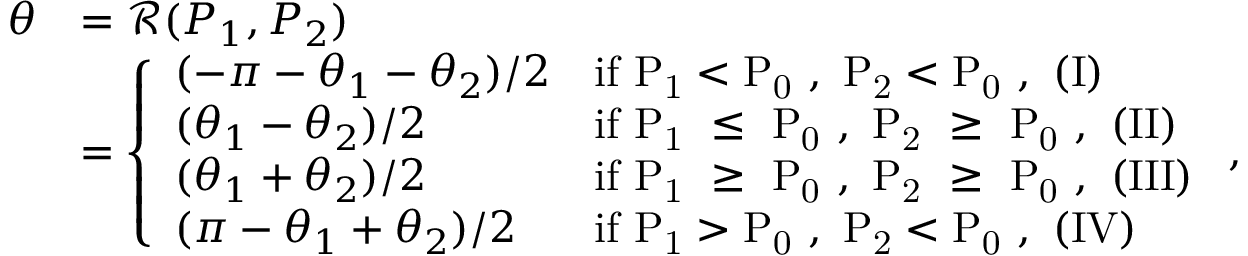
\begin{array} { r l } { \theta } & { = \mathcal { R } ( P _ { 1 } , P _ { 2 } ) } \\ & { = \left\{ \begin{array} { l l } { ( - \pi - \theta _ { 1 } - \theta _ { 2 } ) / 2 } & { \mathrm { i f ~ P _ 1 < P _ 0 ~ , ~ P _ 2 < P _ 0 ~ , ~ ( I ) } } \\ { ( \theta _ { 1 } - \theta _ { 2 } ) / 2 } & { \mathrm { i f ~ P _ 1 ~ \le ~ P _ 0 ~ , ~ P _ 2 ~ \ge ~ P _ 0 ~ , ~ ( I I ) } } \\ { ( \theta _ { 1 } + \theta _ { 2 } ) / 2 } & { \mathrm { i f ~ P _ 1 ~ \ge ~ P _ 0 ~ , ~ P _ 2 ~ \ge ~ P _ 0 ~ , ~ ( I I I ) } } \\ { ( \pi - \theta _ { 1 } + \theta _ { 2 } ) / 2 } & { \mathrm { i f ~ P _ 1 > P _ 0 ~ , ~ P _ 2 < P _ 0 ~ , ~ ( I V ) } } \end{array} \right. , } \end{array}